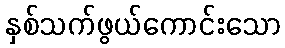
နှစ်သက်ဖွယ်ကောင်းသော